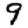
Digit: 9